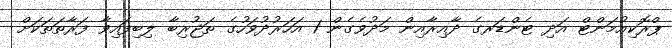
ޕްރޮކިއުމަންޓް އަދި ޓެންޑަރގެ ދާއިރާއިން މަދުވެގެން 1 އަހަރުދުވަހުގެ ތަޖުރިބާ ލިބިފައިވާ ފަރާތަތަކަށް